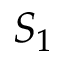
S _ { 1 }